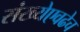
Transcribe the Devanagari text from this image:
संख्येएवढेच